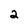
Character: 2